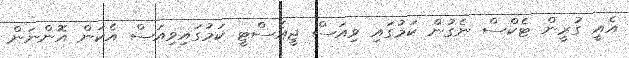
އެއީ ގުރީން ޓެކްސް ނެގުން ކަމުގައި ވިއަސް ޖީއެސްޓީ ކަމުގައިވިއަސް އެކަން އޮންނަން